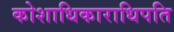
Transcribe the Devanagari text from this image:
कोशाधिकाराधिपति